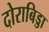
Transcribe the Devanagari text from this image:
दोराबिड्डा